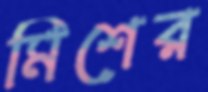
মিশের